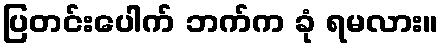
ပြတင်းပေါက် ဘက်က ခုံ ရမလား။